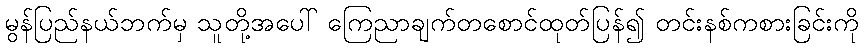
မွန်ပြည်နယ်ဘက်မှ သူတို့အပေါ် ကြေညာချက်တစောင်ထုတ်ပြန်၍ တင်းနစ်ကစားခြင်းကို